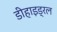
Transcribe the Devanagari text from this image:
डीहाइड्रल